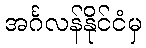
အင်္ဂလန်နိုင်ငံမှ